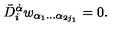
\bar { D } _ { i } ^ { \dot { \alpha } } w _ { \alpha _ { 1 } \ldots \alpha _ { 2 j _ { 1 } } } = 0 .